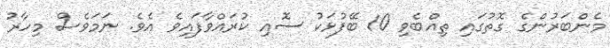
މެންބަރުންގެ ގޮތުގައި ތިއްބެވި 10 ބޭފުޅަކު ސޮއި ކުރައްވާފައިވެ އެވެ. ނަމަވެސް މިހާރު